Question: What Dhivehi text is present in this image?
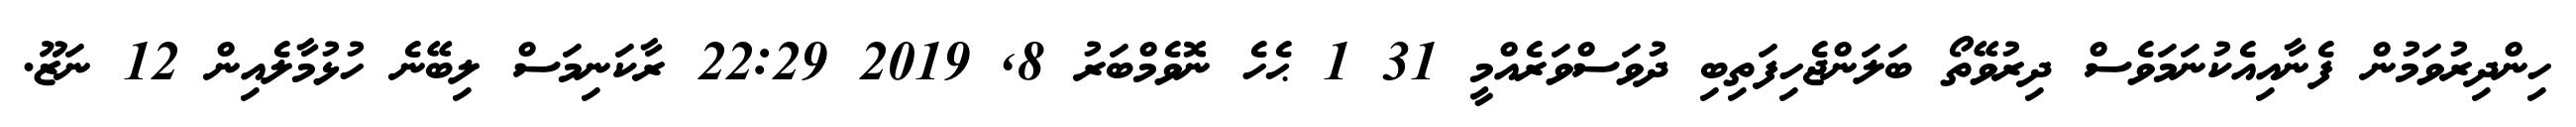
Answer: ހިންދިރުވަމުން ފެނާއިއެކުނަމަވެސް ދިރުވޭތޯ ބަލަންޖެހިފަތިބި ދުވަސްވަރެއްމީ 31 1 ޙެހެ ނޮވެމްބަރު 8, 2019 22:29 ރާކަނިމަސް ލިބޭނެ ހުޅުމާލެއިން 12 ނަޒޫ.